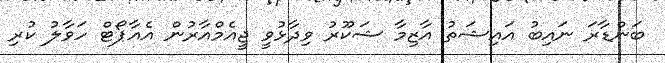
ބަންޑާރަ ނައިބު އައިޝަތު އާޒިމާ ޝަކޫރު ވިދާޅުވީ ޖީއެމްއާރުން އެއާޕޯޓް ހަވާލު ކުރި